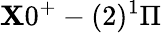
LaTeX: \mathbf{X}0^{+}-(2)^{1}\Pi